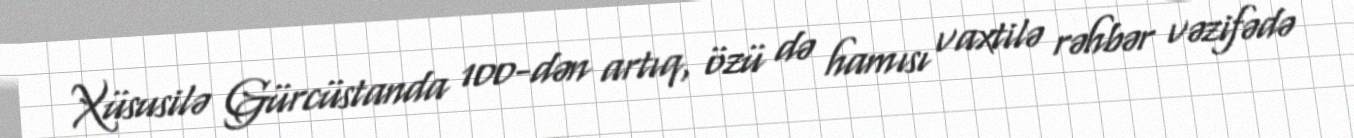
Xüsusilə Gürcüstanda 100-dən artıq, özü də hamısı vaxtilə rəhbər vəzifədə